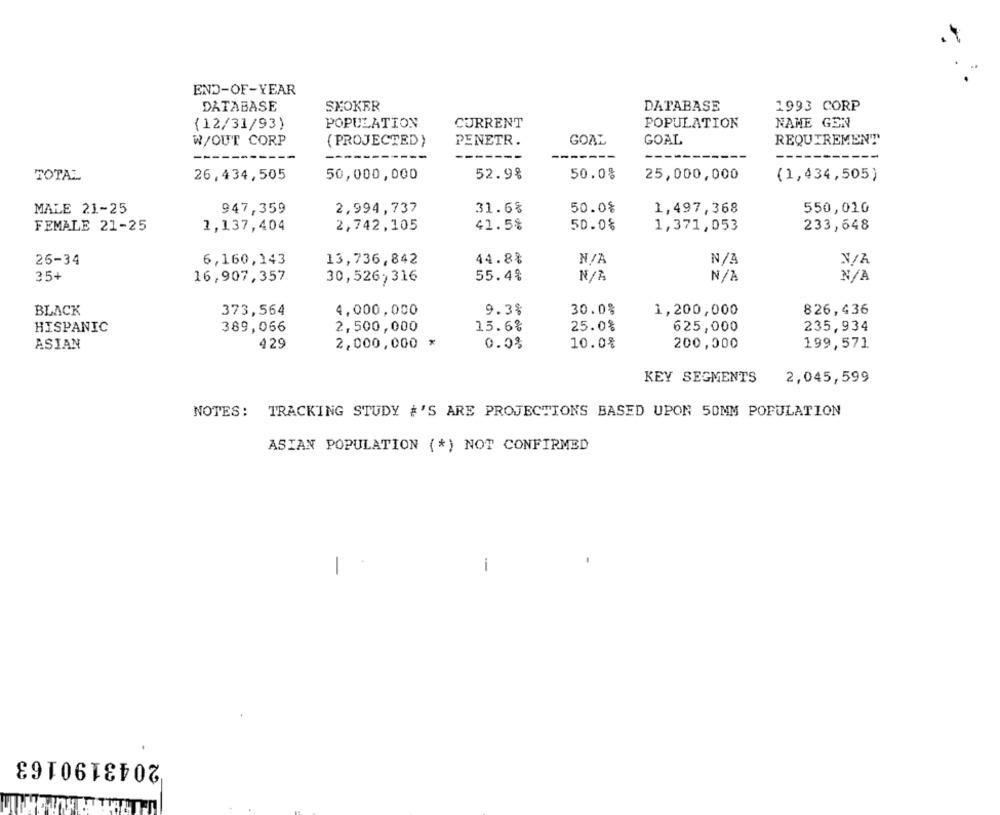
END-OF-YEAR
SKOKER
DATABASE
DATABASE
1993 CORP
(12/31/93)
POPULATION
CURRENT
POPULATION
NAME GEN
REQUIREMENT
W/OUT CORP
( PROJECTED }
PENETR.
GOAL
GOAL
------
TOTAL
26,434,505
50,000,000
52.9%
50.0%
25,000,000
(1,434,505)
MALE 21-25
947,359
2,994,737
31.6%
50.0$
1,497,368
550,010
FEMALE 21-25
2,137,404
2,742,105
41.5%
50.0%
1,371,053
233,648
26-34
6,160,143
13,736,842
44.8%
35+
16,907,357
55.4%
30,526,316
BLACK
373,564
4,000,000
9.3%
30.0%
826,436
1,200,000
15.6%
25.0%
HISPANIC
389,066
2,500,000
625,000
235,934
ASIAN
429
2,000,000 *
0.0%
10.0%
200,000
199,571
KEY SEGMENTS
2,045,599
NOTES :
TRACKING STUDY #'S ARE PROJECTIONS BASED UPON 50MM POPULATION
ASIAN POPULATION (*) NOT CONFIRMED
-
i
2043190163